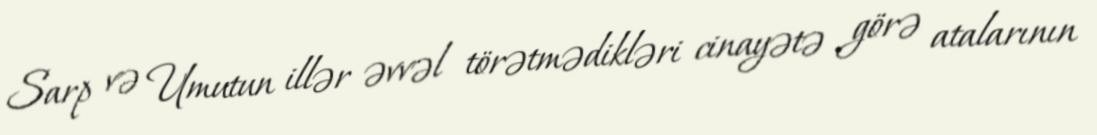
Sarp və Umutun illər əvvəl törətmədikləri cinayətə görə atalarının